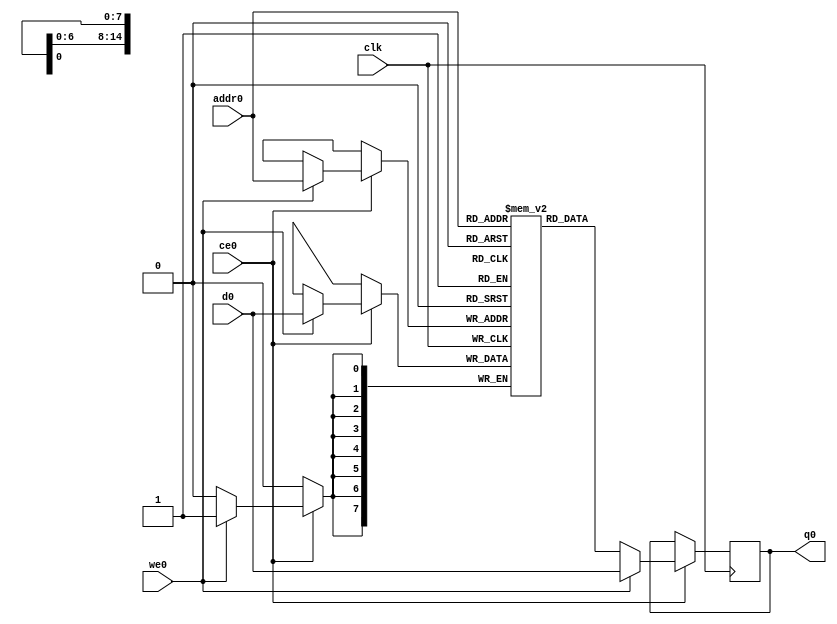
// ==============================================================
// File generated by Vivado(TM) HLS - High-Level Synthesis from C, C++ and SystemC
// Version: 2018.2
// Copyright (C) 1986-2018 Xilinx, Inc. All Rights Reserved.
// 
// ==============================================================

`timescale 1 ns / 1 ps
module matrix_multiply_thjb_ram (addr0, ce0, d0, we0, q0,  clk);

parameter DWIDTH = 8;
parameter AWIDTH = 15;
parameter MEM_SIZE = 28160;

input[AWIDTH-1:0] addr0;
input ce0;
input[DWIDTH-1:0] d0;
input we0;
output reg[DWIDTH-1:0] q0;
input clk;

(* ram_style = "block" *)reg [DWIDTH-1:0] ram[0:MEM_SIZE-1];




always @(posedge clk)  
begin 
    if (ce0) 
    begin
        if (we0) 
        begin 
            ram[addr0] <= d0; 
            q0 <= d0;
        end 
        else 
            q0 <= ram[addr0];
    end
end


endmodule


`timescale 1 ns / 1 ps
module matrix_multiply_thjb(
    reset,
    clk,
    address0,
    ce0,
    we0,
    d0,
    q0);

parameter DataWidth = 32'd8;
parameter AddressRange = 32'd28160;
parameter AddressWidth = 32'd15;
input reset;
input clk;
input[AddressWidth - 1:0] address0;
input ce0;
input we0;
input[DataWidth - 1:0] d0;
output[DataWidth - 1:0] q0;



matrix_multiply_thjb_ram matrix_multiply_thjb_ram_U(
    .clk( clk ),
    .addr0( address0 ),
    .ce0( ce0 ),
    .we0( we0 ),
    .d0( d0 ),
    .q0( q0 ));

endmodule